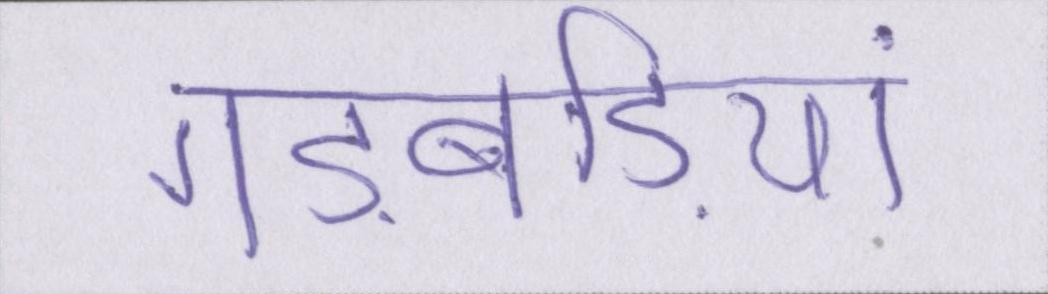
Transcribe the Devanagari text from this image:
गड़बड़ियां